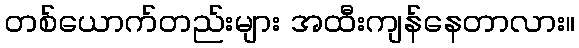
တစ်ယောက်တည်းများ အထီးကျန်နေတာလား။